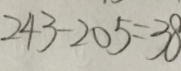
2 4 3 - 2 0 5 = 3 8